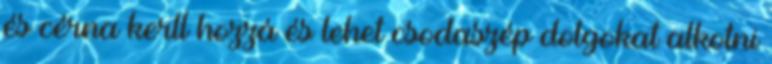
és cérna kerll hozzá és lehet csodaszép dolgokat alkotni